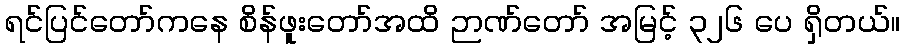
ရင်ပြင်တော်ကနေ စိန်ဖူးတော်အထိ ဉာဏ်တော် အမြင့် ၃၂၆ ပေ ရှိတယ်။